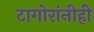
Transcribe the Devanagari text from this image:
टागोरांनीही